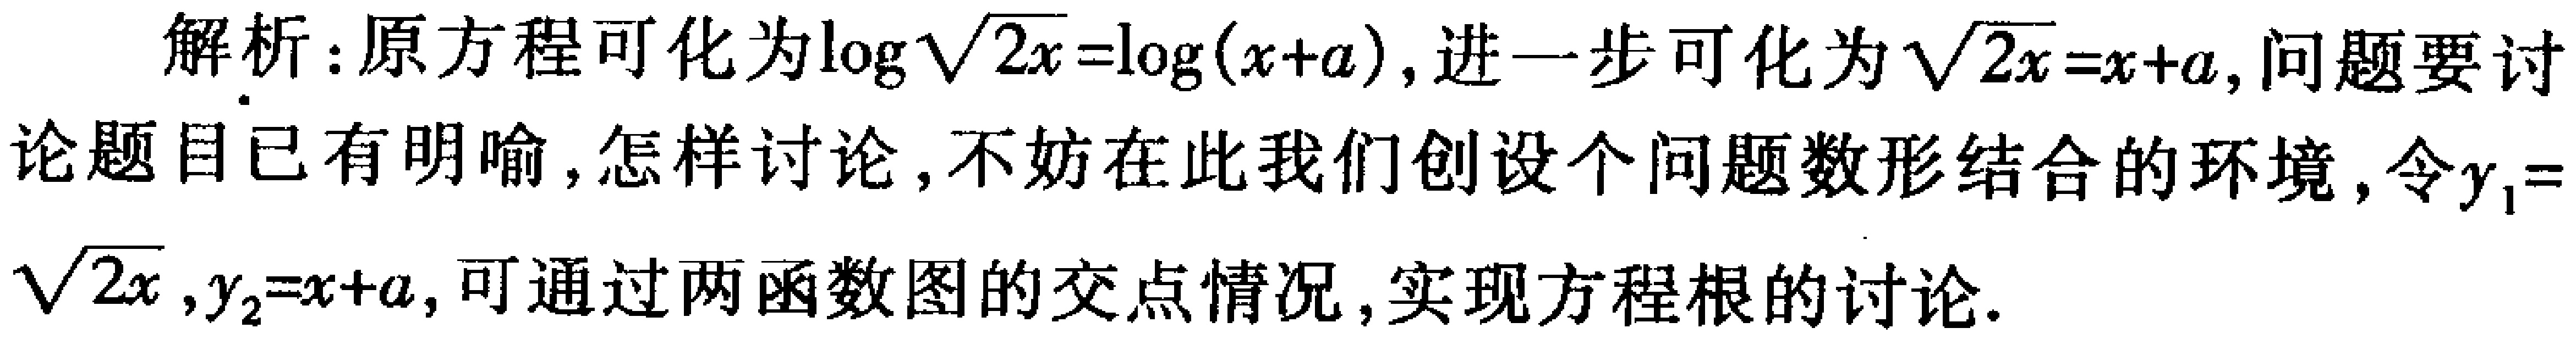
解析：原方程可化为\(\log\sqrt{2x}=\log(x + a)\)，进一步可化为\(\sqrt{2x}=x + a\)，问题要讨

论题目已有明喻，怎样讨论，不妨在此我们创设个问题数形结合的环境，令\(y_1 =

\sqrt{2x}\)，\(y_2=x + a\)，可通过两函数图的交点情况，实现方程根的讨论。